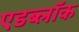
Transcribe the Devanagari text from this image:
एडब्लॉक